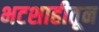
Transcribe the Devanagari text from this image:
भटशाहीतून